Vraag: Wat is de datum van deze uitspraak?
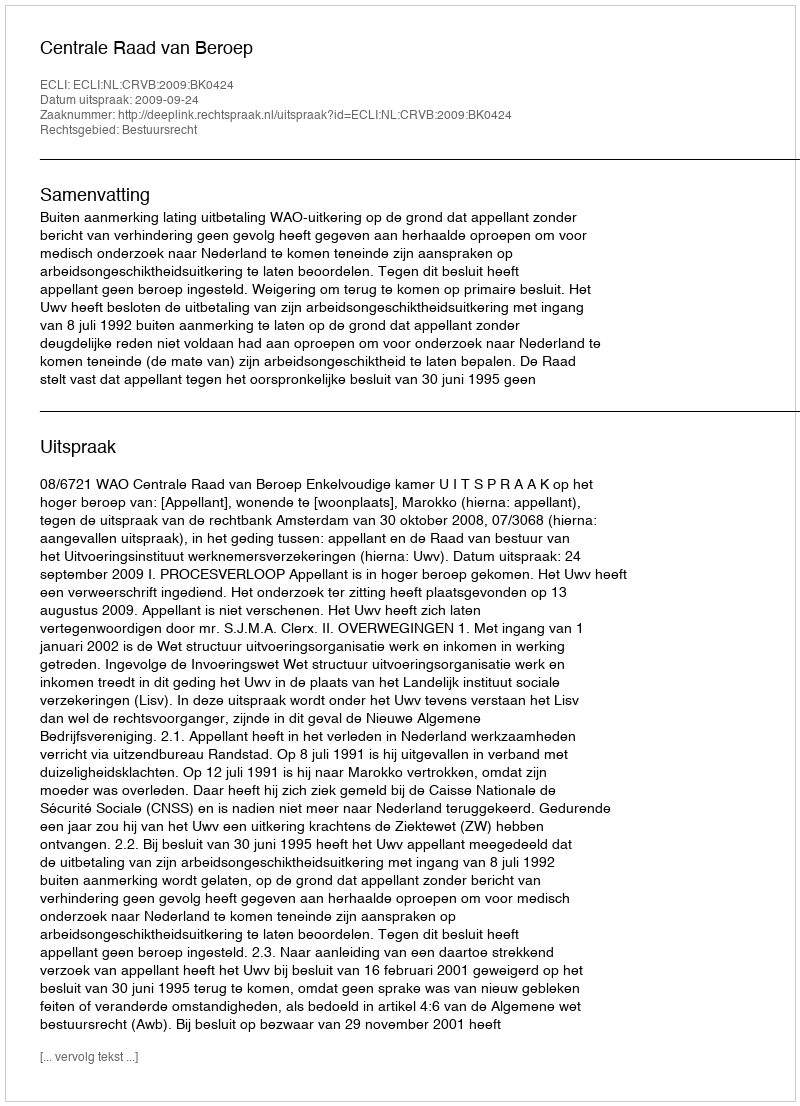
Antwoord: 2009-09-24